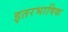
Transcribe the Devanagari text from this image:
इतरभाषिक